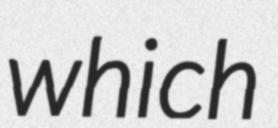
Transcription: which